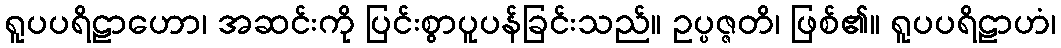
ရူပပရိဠာဟော၊ အဆင်းကို ပြင်းစွာပူပန်ခြင်းသည်။ ဥပ္ပဇ္ဇတိ၊ ဖြစ်၏။ ရူပပရိဠာဟံ၊